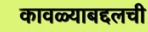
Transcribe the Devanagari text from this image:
कावळ्याबद्दलची